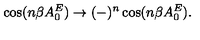
\cos ( n \beta A _ { 0 } ^ { E } ) \to ( - ) ^ { n } \cos ( n \beta A _ { 0 } ^ { E } ) .